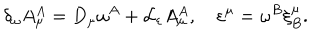
\delta _ { \omega } A _ { \mu } ^ { A } = D _ { \mu } \omega ^ { A } + { \cal L } _ { \varepsilon } A _ { \mu } ^ { A } , \quad \varepsilon ^ { \mu } = \omega ^ { B } \xi _ { B } ^ { \mu } .